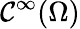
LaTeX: \mathcal{C}^{\infty}(\Omega)